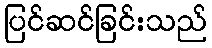
ပြင်ဆင်ခြင်းသည်